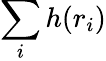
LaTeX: \sum_{i}h(r_{i})